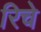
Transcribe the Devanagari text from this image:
रिचे